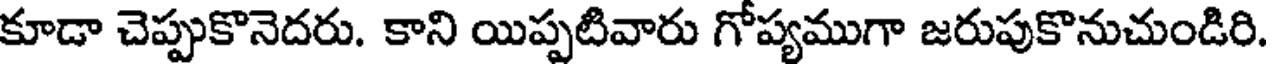
కూడా చెప్పుకొనెదరు. కాని యిప్పటివారు గోప్యముగా జరుపుకొనుచుండిరి.